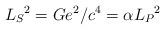
LaTeX: \begin{align*}L_{S}{}^{2}=Ge^{2}/c^4=\alpha L_{P}{}^{2}\end{align*}